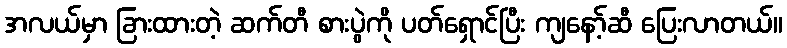
အလယ်မှာ ခြားထားတဲ့ ဆက်တီ စားပွဲကို ပတ်ရှောင်ပြီး ကျနော့်ဆီ ပြေးလာတယ်။